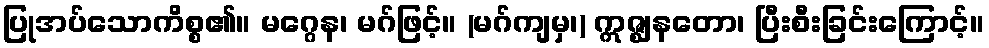
ပြုအပ်သောကိစ္စ၏။ မဂ္ဂေန၊ မဂ်ဖြင့်။ (မဂ်ကျမှ၊) ဣဇ္ဈနတော၊ ပြီးစီးခြင်းကြောင့်။